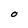
Character: O